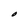
Character: O